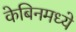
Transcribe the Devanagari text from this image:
केबिनमध्ये